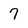
Character: 7